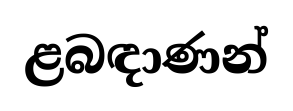
ළබඳාණන්